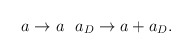
\begin{align*}a \rightarrow a \> \> \> a_{D} \rightarrow a + a_{D}.\end{align*}